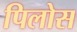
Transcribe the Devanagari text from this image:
पिलोस